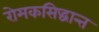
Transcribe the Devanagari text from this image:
रोमकसिद्धान्त